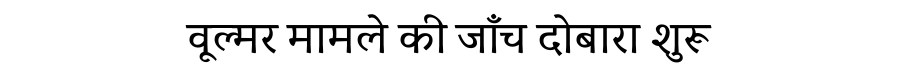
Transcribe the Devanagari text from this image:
वूल्मर मामले की जाँच दोबारा शुरू